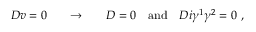
D v = 0 ~ ~ ~ ~ ~ \rightarrow ~ ~ ~ ~ ~ D = 0 ~ ~ ~ \mathrm { a n d } ~ ~ ~ D i \gamma ^ { 1 } \gamma ^ { 2 } = 0 ~ ,